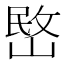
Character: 㟩